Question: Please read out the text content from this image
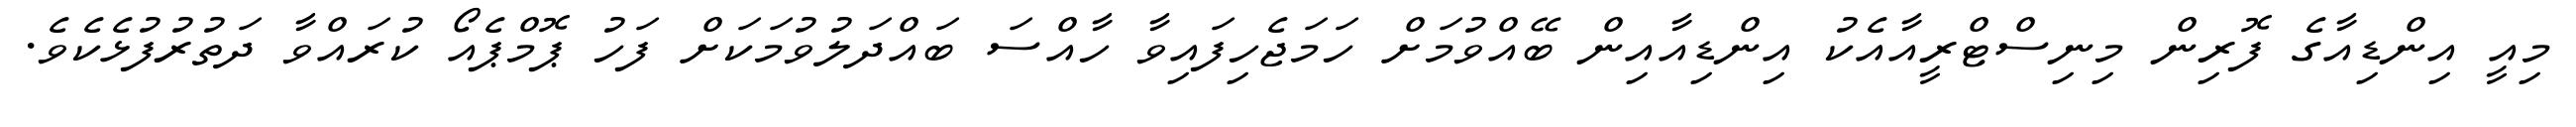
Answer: މިއީ އިންޑިއާގެ ފޮރިން މިނިސްޓްރީއާއެކު އިންޑިއާއިން ބޭއްވުމަށް ހަމަޖެހިފައިވާ ހާއްސަ ބައްދަލުވުމަކަށް ފަހު ޕޮމްޕެއޯ ކުރައްވާ ދަތުރުފުޅެކެވެ.